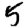
Digit: 5